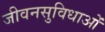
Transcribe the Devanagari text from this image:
जीवनसुविधाओं